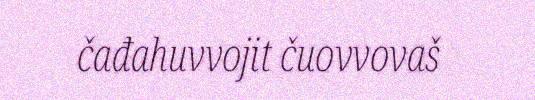
čađahuvvojit čuovvovaš